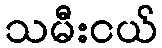
သမီးငယ်